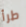
طرأ